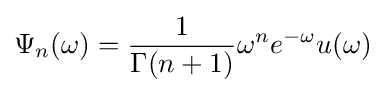
\Psi _{n}(\omega )={\frac {1}{\Gamma (n+1)}}\omega ^{n}e^{-\omega }u(\omega )